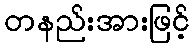
တနည်းအားဖြင့်